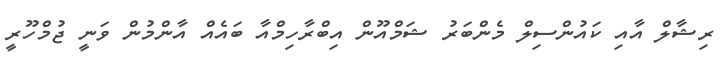
ރިޝާލް އާއި ކައުންސިލް މެންބަރު ޝަމްއޫން އިބްރާހިމްއާ ބައެއް އާންމުން ވަނީ ޖުމްހޫރީ